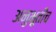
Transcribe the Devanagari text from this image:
अनुभूतीच